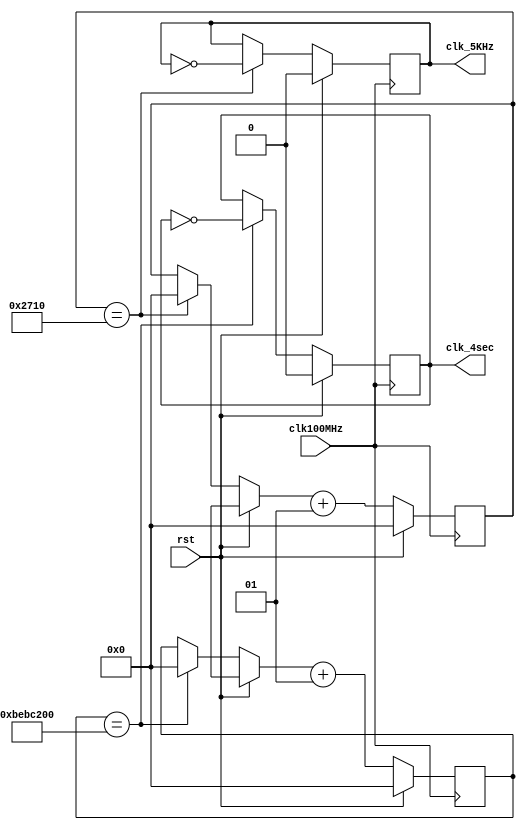
`timescale 1ns / 1ps
//////////////////////////////////////////////////////////////////////////////////
// Company: 
// Engineer: 
// 
// Design Name: 
// Module Name: clk_gen
// Project Name: 
// Target Devices: 
// Tool Versions: 
// Description: 
// 
// Dependencies: 
// 
// Revision:
// Revision 0.01 - File Created
// Additional Comments:
// 
//////////////////////////////////////////////////////////////////////////////////


module clk_gen(clk100MHz, rst, clk_4sec, clk_5KHz);
input clk100MHz, rst; 
output clk_4sec, clk_5KHz; 
reg clk_4sec, clk_5KHz; 
integer count, count1; 
always@(posedge clk100MHz)
begin
 if(rst)  
 begin
  count = 0;   
  count1 = 0;
  clk_4sec = 0;   
  clk_5KHz  =0;
 end  
 else  
 begin
  if(count == 200000000)
  begin
   clk_4sec = ~clk_4sec;    
   count = 0;
  end
  if(count1 == 10000)   
  begin
   clk_5KHz = ~clk_5KHz;    
   count1 = 0;   
   end   
   count = count + 1;   
   count1 = count1 + 1;         
  end 
 end 
 endmodule // end clk_gen